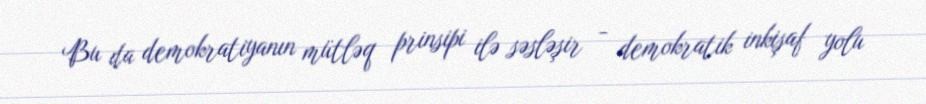
Bu da demokratiyanın mütləq prinsipi ilə səsləşir - demokratik inkişaf yolu